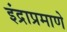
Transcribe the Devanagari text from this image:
इंद्राप्रमाणे